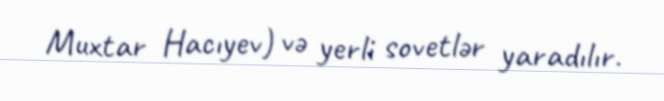
Muxtar Hacıyev) və yerli sovetlər yaradılır.